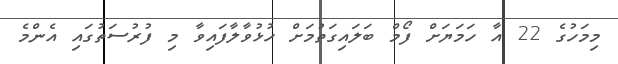
މިމަހުގެ 22 އާ ހަމަޔަށް ފޯމް ބަލައިގަތުމަށް ހުޅުވާލާފައިވާ މި ފުރުސަތުގައި އެންމެ